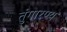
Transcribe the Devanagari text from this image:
तुंगारण्य